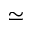
\simeq